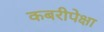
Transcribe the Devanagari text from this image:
कबरीपेक्षा